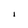
Character: i